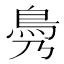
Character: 𩾖